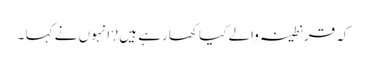
کہ قرنطینہ والے کیا کھارہے ہیں ?انہوں نے کہا ۔